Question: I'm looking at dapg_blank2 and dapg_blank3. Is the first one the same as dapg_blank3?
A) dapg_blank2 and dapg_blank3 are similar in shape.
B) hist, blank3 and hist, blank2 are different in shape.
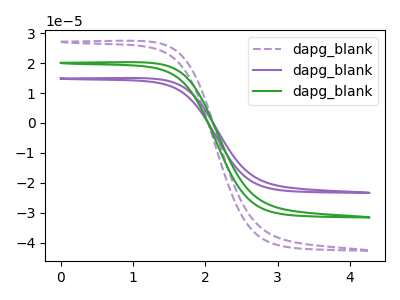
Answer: <think>The purple dashed curve "dapg_blank1" has no peaks. The purple curve "dapg_blank2" has no peaks. The green curve "dapg_blank3" has no peaks.
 Neither "dapg_blank2" or "dapg_blank3" have any peaks.</think>
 <answer>A) "dapg_blank2" and "dapg_blank3" are similar in shape.</answer>
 <eval>A</eval>